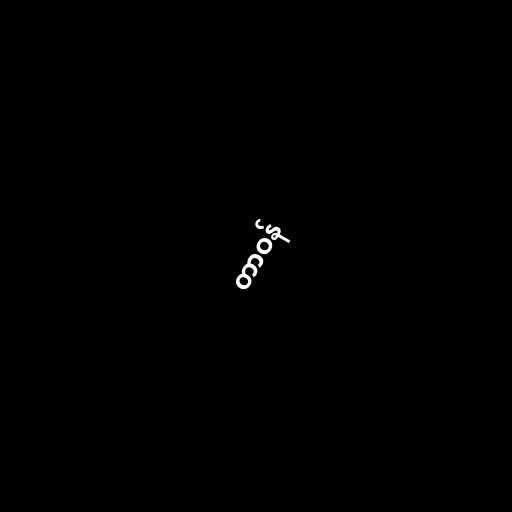
တာဝန်